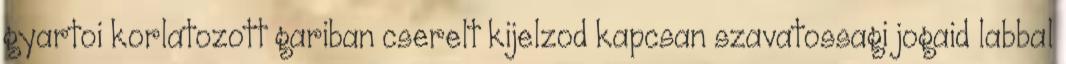
gyartoi korlatozott gariban cserelt kijelzod kapcsan szavatossagi jogaid labbal